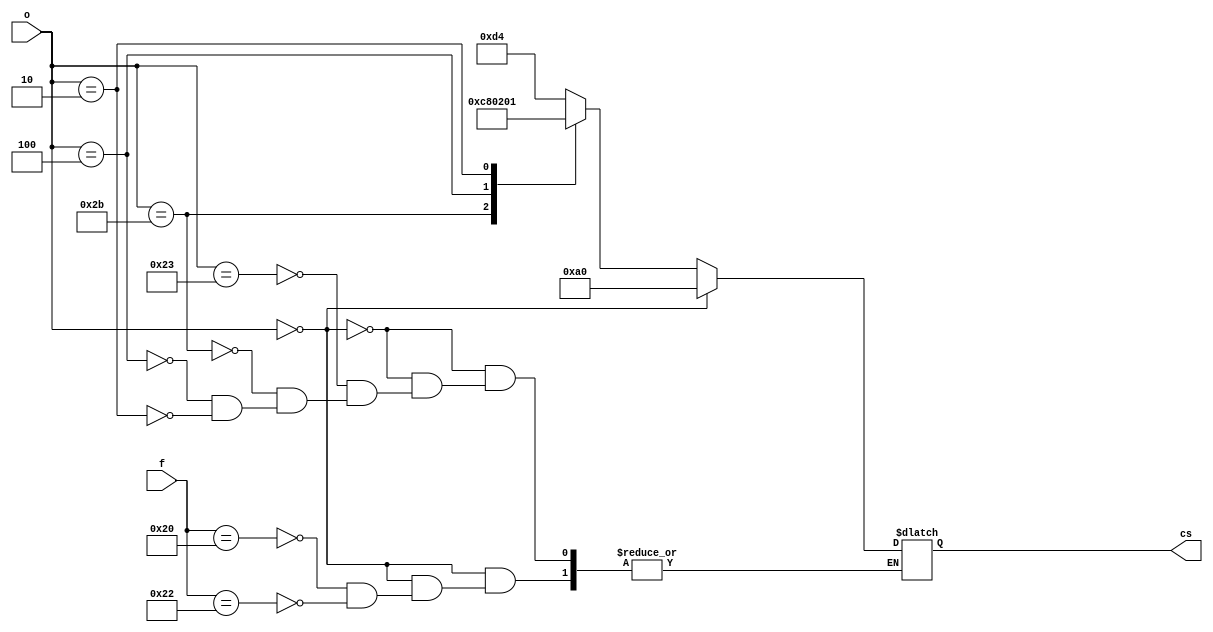
module q3(f,o,cs);
input[5:0] f,o;
output reg[7:0] cs;
 always @(f,o)
    begin
        if(o==0)
        begin
        case(f)
            32:cs=8'b10100000;
            34:cs=8'b10100000;
            endcase
        end
        else
        begin
        case(o)
            35:cs=8'b11010100;
            43:cs=8'b11001000;
            4: cs=8'b00000010;
            2: cs=8'b00000001;
            endcase
        end
        
    end
endmodule